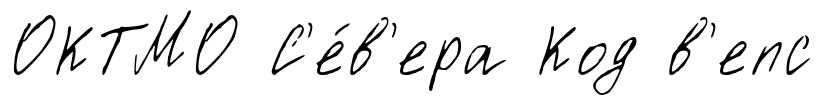
ОКТМО С'е́в'ера Код в'епс